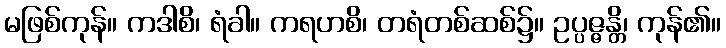
မဖြစ်ကုန်။ ကဒါစိ၊ ရံခါ။ ကရဟစိ၊ တရံတစ်ဆစ်၌။ ဥပ္ပဇ္ဇန္တိ၊ ကုန်၏။